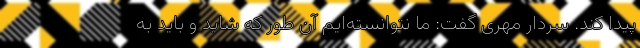
پیدا کند. سردار مهری گفت: ما نتوانسته‌ایم آن طور که شاید و باید به